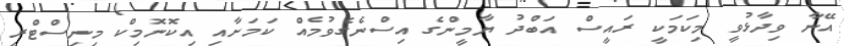
އޭނާ ވިދާޅުވީ މިކަމަކީ ރައީސް އަބްދު ޔާމީންގެ އިސްނެގެވުމެއް ކަމަށާއި އިކޮނޮމިކް މިނިސްޓްރީ